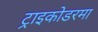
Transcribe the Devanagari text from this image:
ट्राइकोडरमा